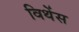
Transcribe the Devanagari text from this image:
विथेंस